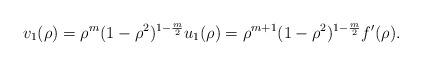
LaTeX: \begin{align*}\displaystyle{v_1(\rho)=\rho^{m}(1-\rho^2)^{1-\frac{m}{2}}u_1(\rho)=\rho^{m+1}(1-\rho^2)^{1-\frac{m}{2}}f'(\rho)}.\end{align*}